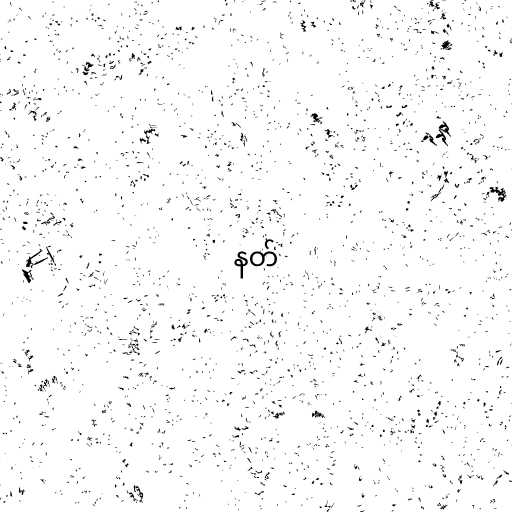
နတ်